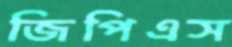
জিপিএস